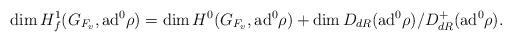
LaTeX: \begin{align*}\dim H_f^1(G_{F_v},\mathrm{ad}^0\rho) = \dim H^0(G_{F_v},\mathrm{ad}^0\rho) + \dim D_{dR}(\mathrm{ad}^0\rho)/D_{dR}^+(\mathrm{ad}^0\rho).\end{align*}